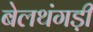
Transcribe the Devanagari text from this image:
बेलथंगड़ी